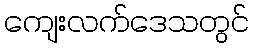
ကျေးလက်ဒေသတွင်